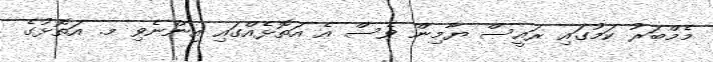
މެމްބަރު ކަމުގައި ރައީސް ޔާމިން ވެސް އެ އަތޮޅެއްގައި އިންނެވި މ. އަތޮޅުގެ